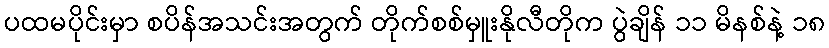
ပထမပိုင်းမှာ စပိန်အသင်းအတွက် တိုက်စစ်မှူးနိုလီတိုက ပွဲချိန် ၁၁ မိနစ်နဲ့ ၁၈